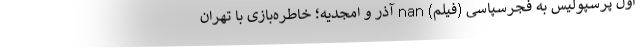
اول پرسپولیس به فجرسپاسی (فیلم) nan آذر و امجدیه؛ خاطره‌بازی با تهران